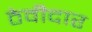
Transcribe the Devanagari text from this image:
ठेवीदार